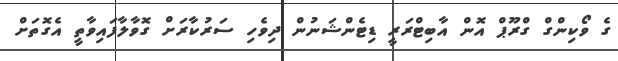
ގެ ވޯކިންގް ގްރޫޕް އޮން އާބިޓްރަރީ ޑިޓެންޝަނުން ދިވެހި ސަރުކާރަށް ގޮވާލާފައިވާތީ އެގޮތަށް